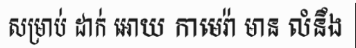
សម្រាប់ ដាក់ អោយ កាមេរ៉ា មាន លំនឹង